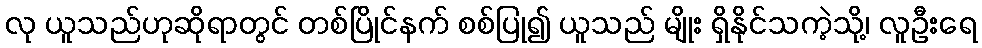
လု ယူသည်ဟုဆိုရာတွင် တစ်ပြိုင်နက် စစ်ပြု၍ ယူသည် မျိုး ရှိနိုင်သကဲ့သို့၊ လူဦးရေ